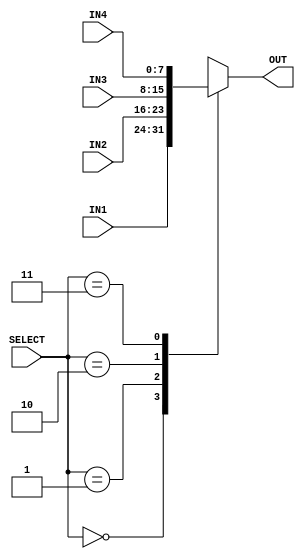
/*
Authers     : WIJERATHNA I.M.K.D.I.     e19446@eng.pdn.ac.lk
              DISSANAYAKE D.M.I.G.      e19090@eng.pdn.ac.lk
Lab         : Lab 6 part 2
              mux.v
Last Updated: Tuesday, May 23, 2023 4:00:11 PM
*/
module mux4to1(IN1, IN2, IN3, IN4, SELECT, OUT);
    input [7:0] IN1, IN2, IN3, IN4;  // 4 inputs
    input [1:0] SELECT;              // select bit input
    output reg [7:0] OUT;            // output

    always @*
    begin
        case (SELECT)
            2'b00: OUT = IN1;  // switch to IN1
            2'b01: OUT = IN2;  // switch to IN2
            2'b10: OUT = IN3;  // switch to IN3
            2'b11: OUT = IN4;  // switch to IN4
            default: OUT = 8'b0;  // default case
        endcase
    end
endmodule